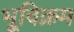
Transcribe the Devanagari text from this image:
भूविक्रम